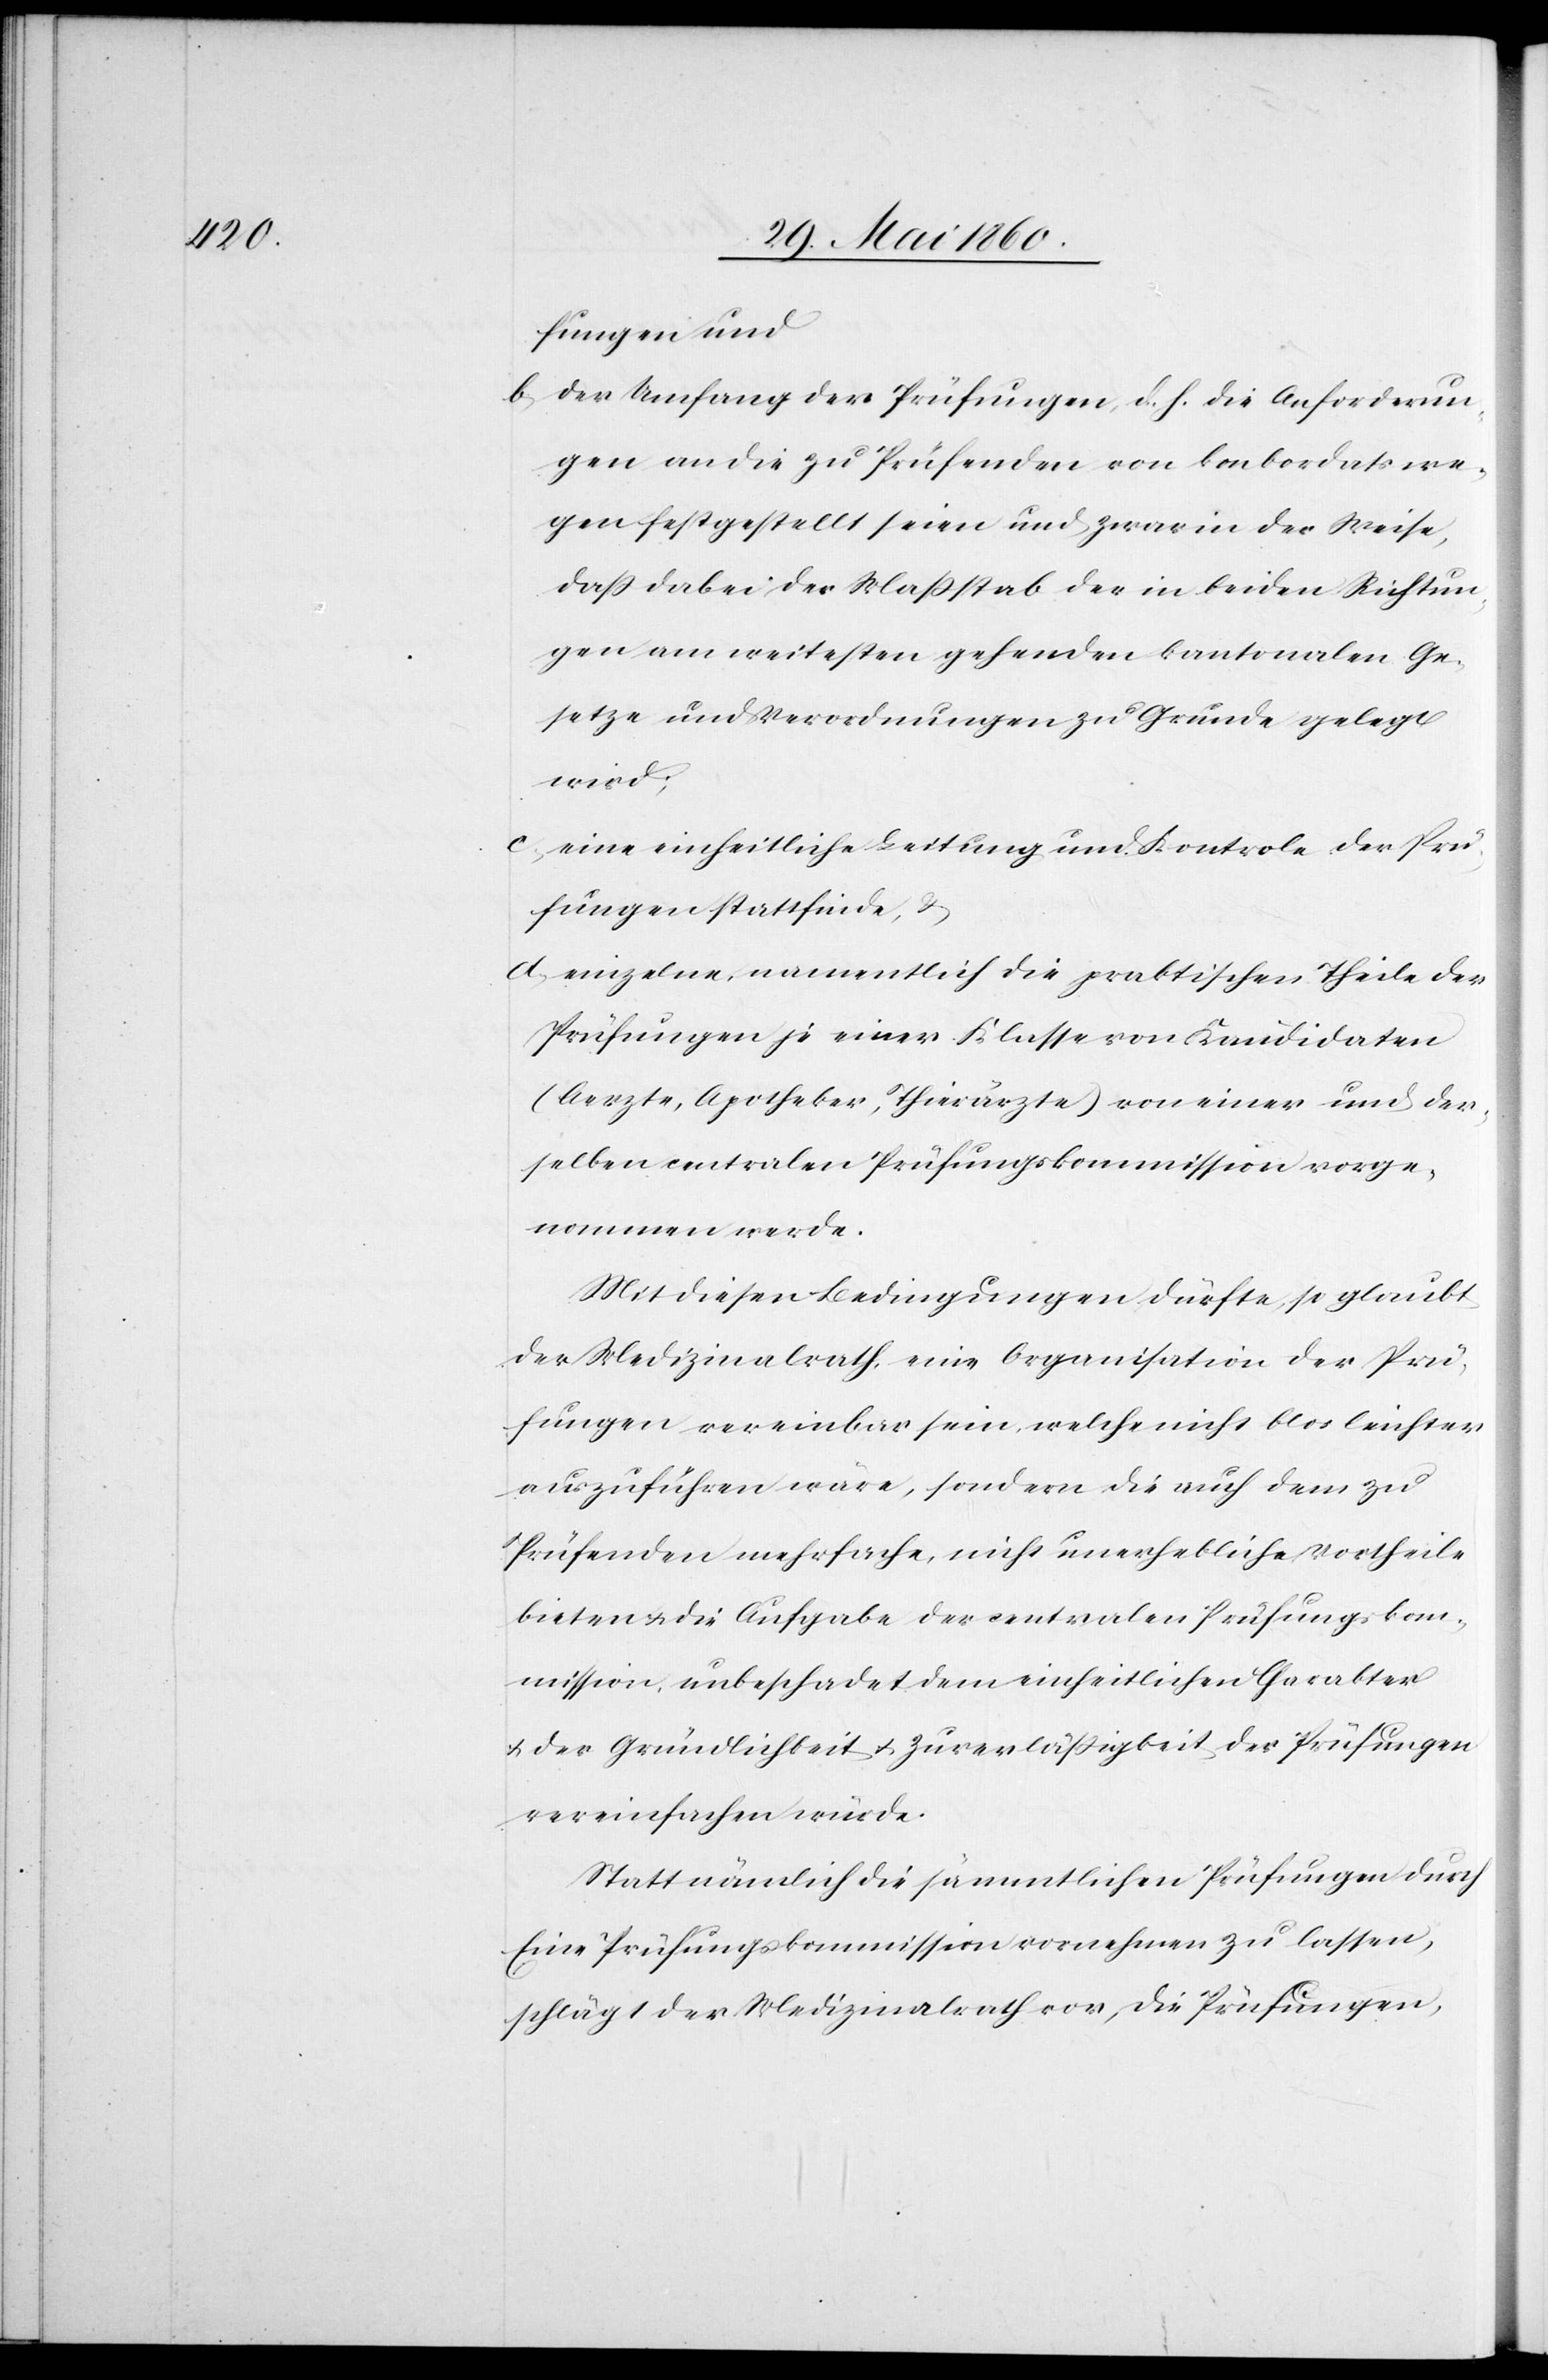
fungen und
b. der Umfang der Prüfungen, d. h. die Anforderun¬
gen an die zu Prüfenden von konkordatswe¬
gen festgestellt seien und zwar in der Weise,
dass dabei der Massstab der in beiden Richtun¬
gen am weitesten gehenden kantonalen Ge¬
setze und Verordnungen zu Grunde gelegt
wird;
c. eine einheitliche Leitung und Kontrole der Prü¬
fungen stattfinde, u.
d. einzelne, namentlich die praktischen Theile der
Prüfungen je einer Klasse von Kandidaten
(Aerzte, Apotheker, Thierärzte) von einer und der¬
selben centralen Prüfungskommission vorge¬
nommen werde.
Mit diesen Bedingungen dürfte, so glaubt
der Medizinalrath, eine Organisation der Prü¬
fungen vereinbar sein, welche nicht blos leichter
auszuführen wäre, sondern die auch dem zu
Prüfenden mehrfache, nicht unerhebliche Vortheile
bieten u. die Aufgabe der centralen Prüfungskom¬
mission, unbeschadet dem einheitlichen Charakter
u. der Gründlichkeit u. Zuverlässigkeit der Prüfungen
vereinfachen würde.
Statt nämlich die sämmtlichen Prüfungen durch
Eine Prüfungskommission vornehmen zu lassen,
schlägt der Medizinalrath vor, die Prüfungen,